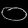
Digit: ၀